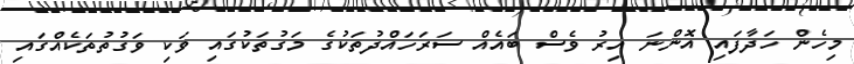
މިހެން ހަދާފައި އޮންނަ އިރު ވެސް ބައެއް ސަރަހައްދުތަކުގެ މަގުތަކުގައި ވަކި ވަގުތުތަކެއްގައި